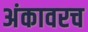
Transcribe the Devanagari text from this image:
अंकावरच